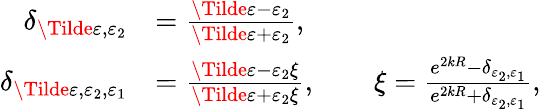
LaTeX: \begin{array}{rl}{\delta_{\Tilde{\varepsilon},\varepsilon_{2}}}&{=\frac{\Tilde{\varepsilon}-\varepsilon_{2}}{\Tilde{\varepsilon}+\varepsilon_{2}},}\\ {\delta_{\Tilde{\varepsilon},\varepsilon_{2},\varepsilon_{1}}}&{=\frac{\Tilde{\varepsilon}-\varepsilon_{2}\xi}{\Tilde{\varepsilon}+\varepsilon_{2}\xi},\qquad\xi=\frac{e^{2kR}-\delta_{\varepsilon_{2},\varepsilon_{1}}}{e^{2kR}+\delta_{\varepsilon_{2},\varepsilon_{1}}},}\end{array}